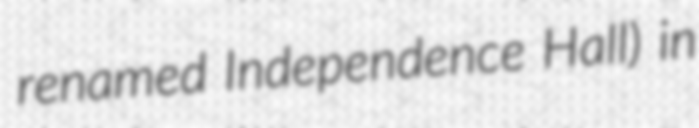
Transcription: renamed Independence Hall) in